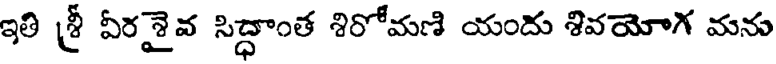
ఇతి శ్రీ వీరశైవ సిద్ధాంత శిరోమణి యందు శివయోగ మను